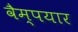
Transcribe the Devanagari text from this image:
वैम्पयार